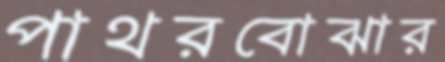
পাথরবোঝার